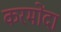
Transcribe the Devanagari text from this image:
करमोंदा